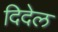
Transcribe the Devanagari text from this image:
दिदेल